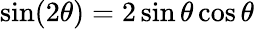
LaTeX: \sin(2\theta)=2\sin\theta\cos\theta